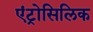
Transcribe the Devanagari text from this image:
एंट्रोसिलिक